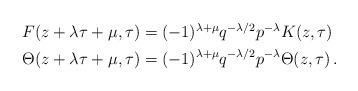
LaTeX: \begin{align*}\begin{aligned}F( z+ \lambda \tau + \mu, \tau) & = (-1)^{\lambda + \mu} q^{-\lambda/2} p^{-\lambda} K(z,\tau) \\\Theta(z + \lambda \tau + \mu, \tau) & = (-1)^{\lambda + \mu} q^{-\lambda/2} p^{-\lambda} \Theta(z,\tau) \,.\end{aligned}\end{align*}